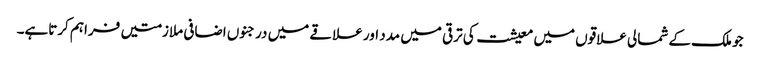
جو ملک کے شمالی علاقوں میں معیشت کی ترقی میں مدد اور علاقے میں درجنوں اضافی ملازمتیں فراہم کرتاہے۔